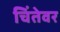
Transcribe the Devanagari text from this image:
चिंतेवर